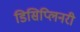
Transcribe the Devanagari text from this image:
डिसिप्लिनरी